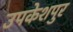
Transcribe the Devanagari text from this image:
उपकेशपुर